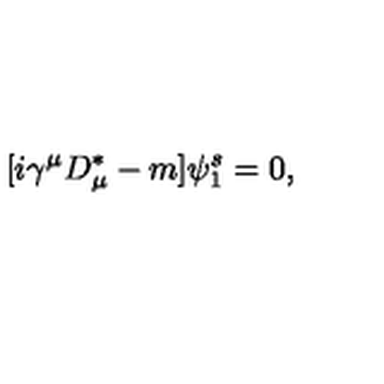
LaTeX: [ i \gamma ^ { \mu } D _ { \mu } ^ { \ast } - m ] \psi _ { 1 } ^ { s } = 0 , \,